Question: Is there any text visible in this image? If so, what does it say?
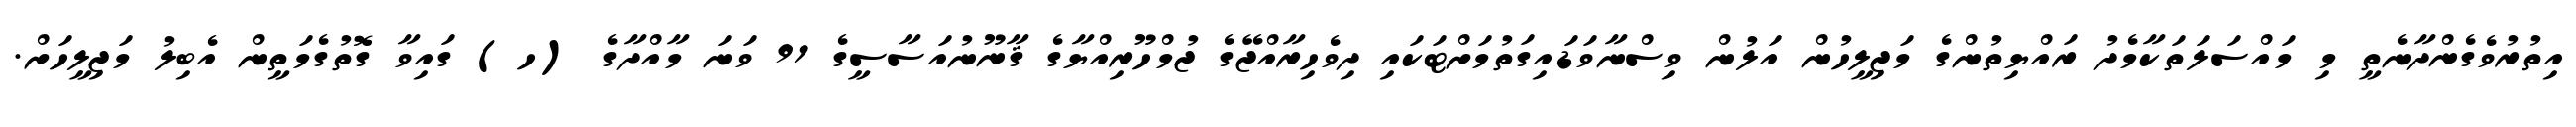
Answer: އިތުރުވެގެންދާނެތީ މި މައްސަލަތަކާމެދު ރައްޔިތުންގެ މަޖިލީހުން އަލުން ވިސްނާވަޑައިގަތުމަށްޓަކައި ދިވެހިރާއްޖޭގެ ޖުމްހޫރިއްޔާގެ ޤާނޫނުއަސާސީގެ 91 ވަނަ މާއްދާގެ (ހ) ގައިވާ ގޮތުގެމަތީން އެބިލު މަޖިލީހަށް.